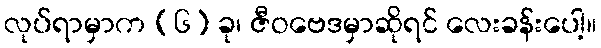
လုပ်ရာမှာက (၆) ခု၊ ဇီဝဗေဒမှာဆိုရင် လေးခန်းပေါ့။